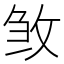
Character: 𭣰